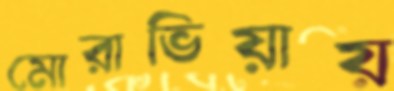
মোরাভিয়ায়